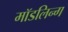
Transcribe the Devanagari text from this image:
मॉडलिन्ग